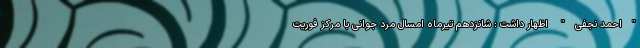
"احمد نجفی" اظهار داشت : شانزدهم تیرماه امسال مرد جوانی با مرکز فوریت